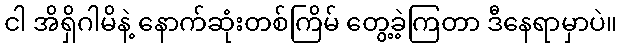
ငါ အိရှိဂါမိနဲ့ နောက်ဆုံးတစ်ကြိမ် တွေ့ခဲ့ကြတာ ဒီနေရာမှာပဲ။